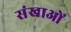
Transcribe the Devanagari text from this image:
संखाओं